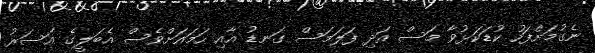
ނެގުމަށްފަހު ކުޑަކަޅުވާ މަސް އަދި ފަލަމަސް ގަނޑު އާއި ހަމައަށްވެސް އެބަލީގެ އަސަރު